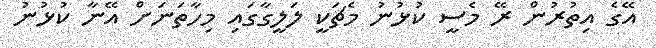
އޭގެ އިތުރުން ރޭ މެސީ ކުޅުނު މެޗަކީ ލަލީގާގައި މިހާތަނަށް އޭނާ ކުޅުނު